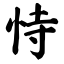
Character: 恃